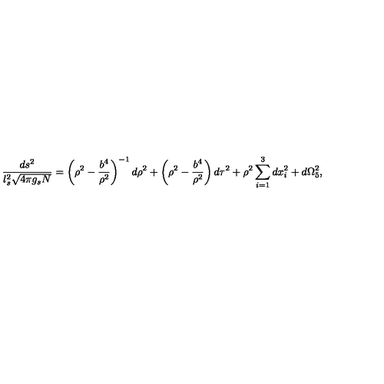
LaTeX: { \frac { d s ^ { 2 } } { l _ { s } ^ { 2 } \sqrt { 4 \pi g _ { s } N } } } = \left( \rho ^ { 2 } - { \frac { b ^ { 4 } } { \rho ^ { 2 } } } \right) ^ { - 1 } d \rho ^ { 2 } + \left( \rho ^ { 2 } - { \frac { b ^ { 4 } } { \rho ^ { 2 } } } \right) d \tau ^ { 2 } + \rho ^ { 2 } \sum _ { i = 1 } ^ { 3 } d x _ { i } ^ { 2 } + d \Omega _ { 5 } ^ { 2 } ,